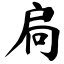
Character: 扃